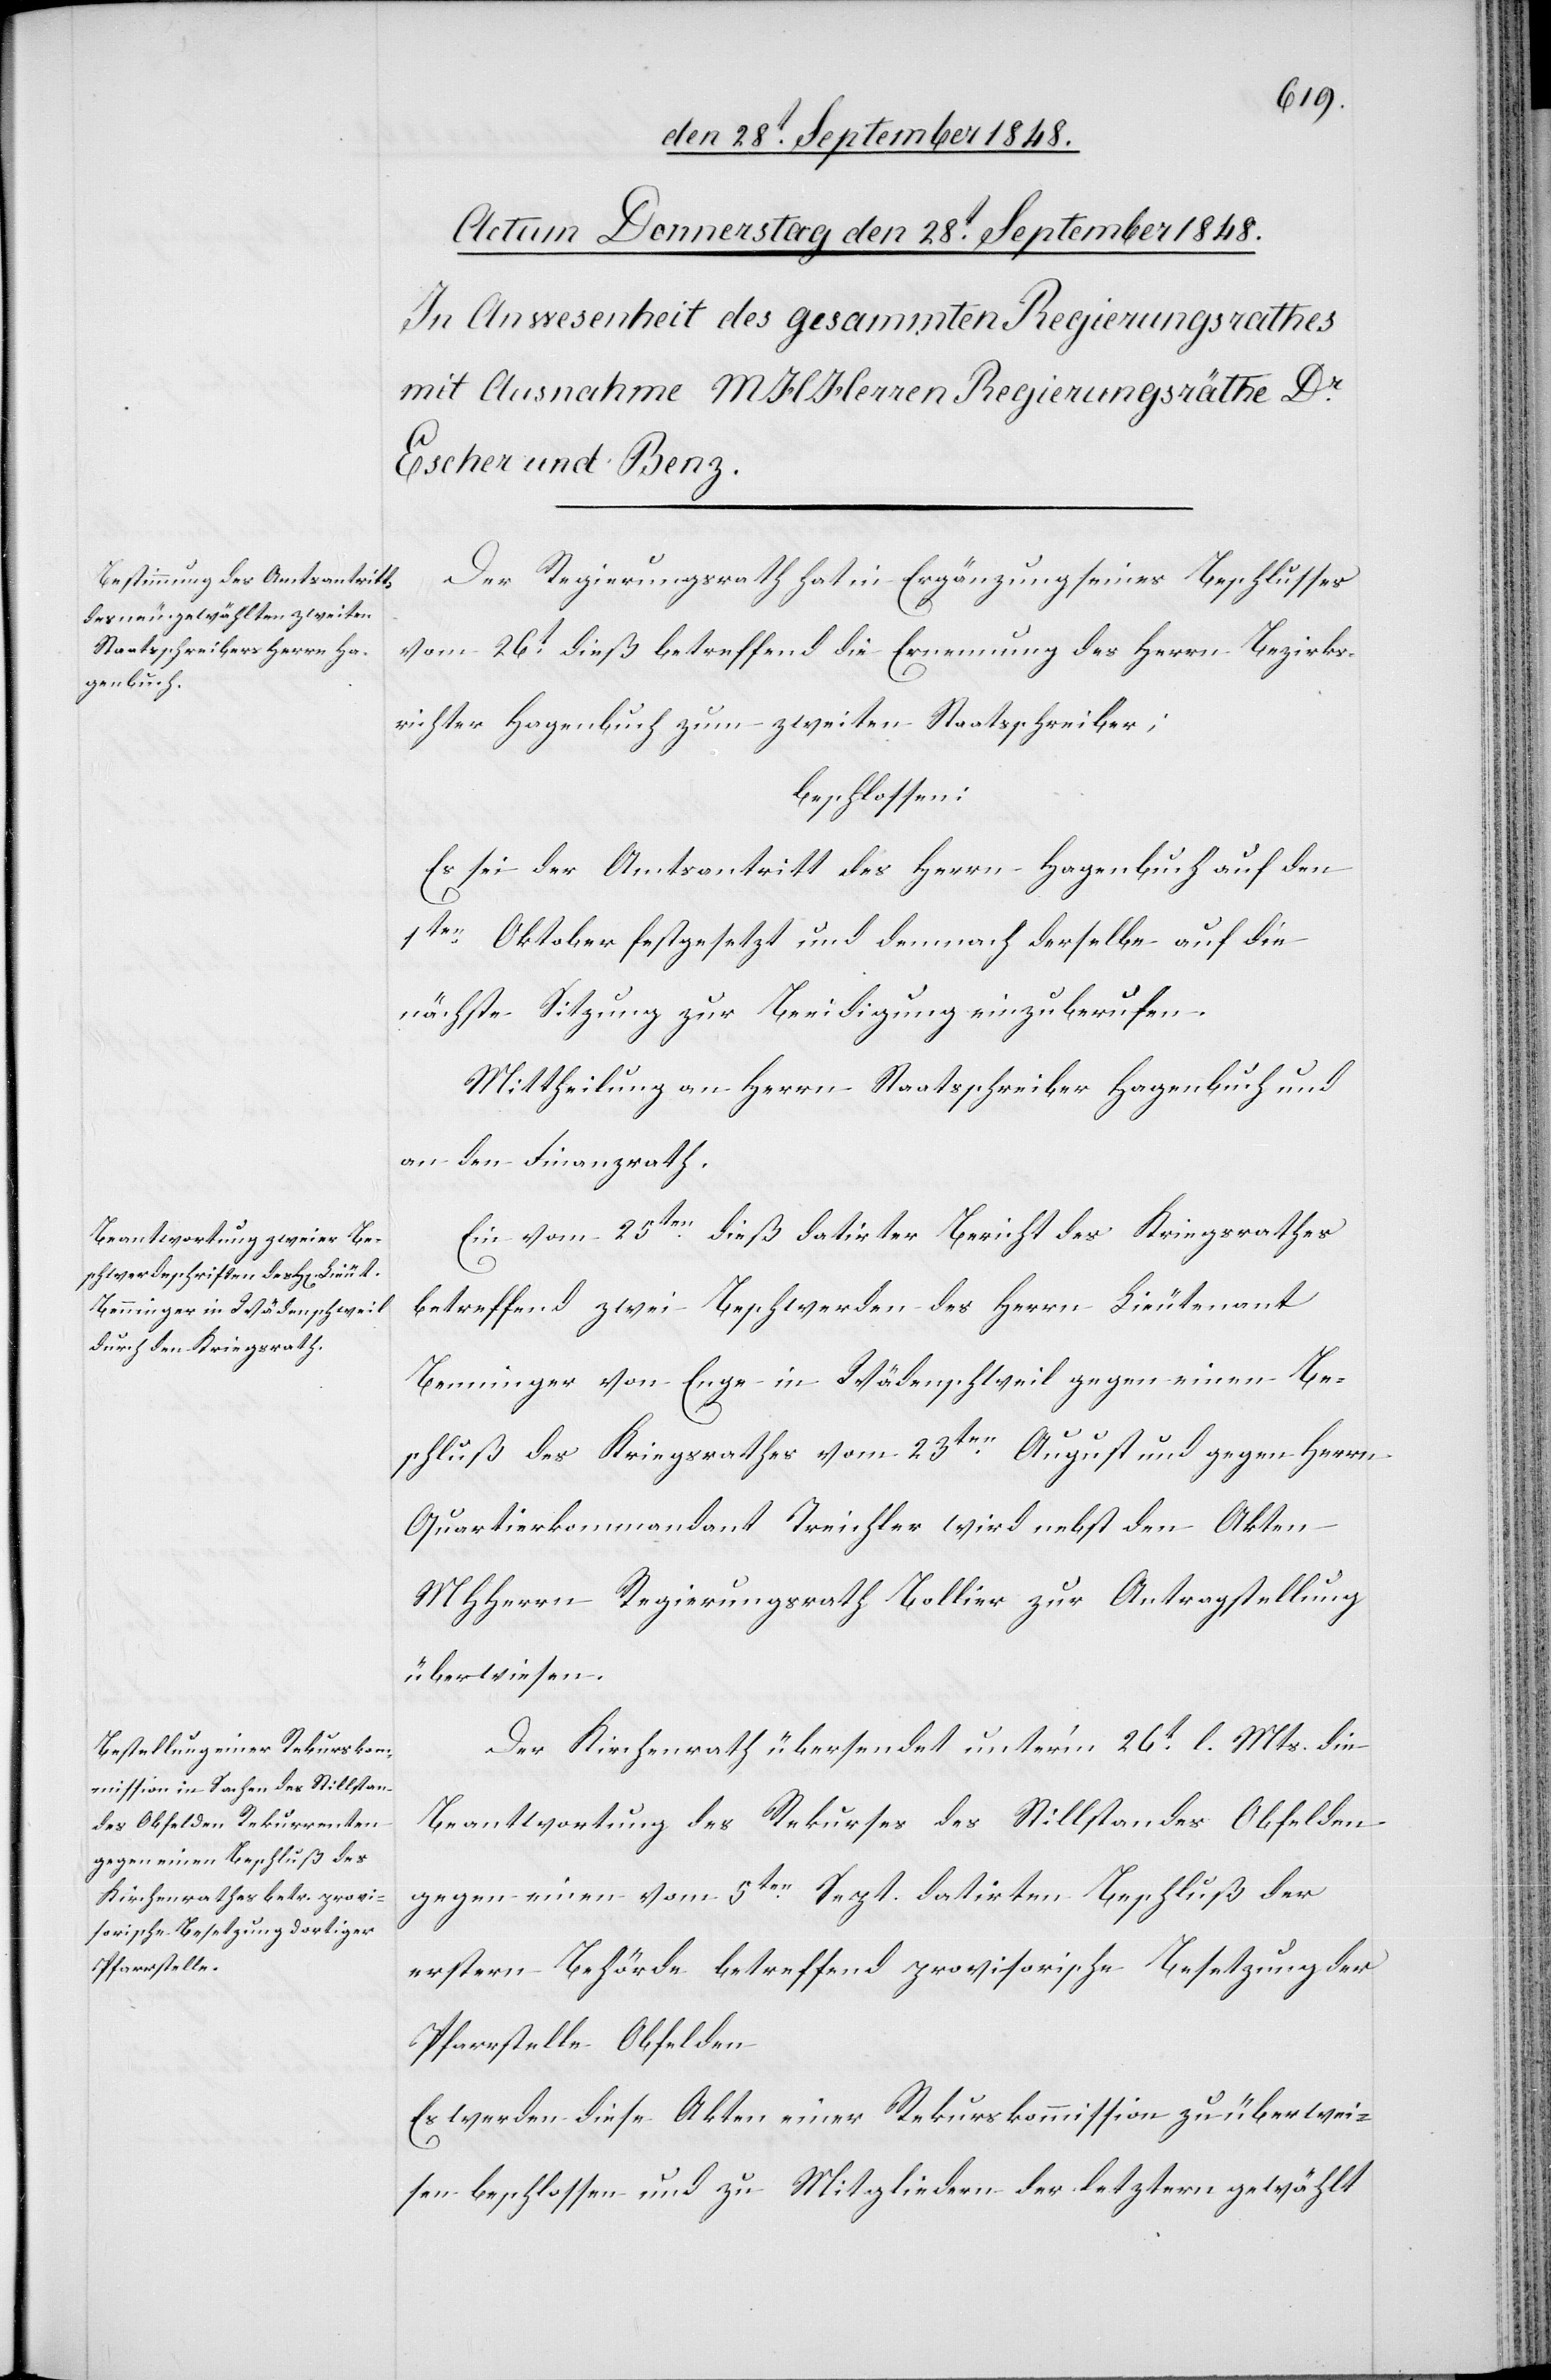
Der Regierungsrath hat in Ergänzung seines Beschlusses
vom 26t dieß betreffend die Ernennung des Herrn Bezirks¬
richter Hagenbuch zum zweiten Staatsschreiber;
beschlossen:
Es sei der Amtsantritt des Herrn Hagenbuch auf den
11ten Oktober festgesetzt und demnach derselbe auf die
nächste Sitzung zur Beeidigung einzuberufen.
Mittheilung an Herrn Staatsschreiber Hagenbuch und
an den Finanzrath.
Ein vom 25ten dieß datirter Bericht des Kriegsrathes
betreffend zwei Beschwerden des Herrn Lieutenant
Benninger von Enge in Wädenschweil gegen einen Be¬
schluß des Kriegsrathes vom 23ten August und gegen Herrn
Quartierkommandant Treichler wird nebst den Akten
MHHerrn Regierungsrath Bollier zur Antragstellung
überwiesen.
Der Kirchenrath übersendet unter’m 26t l. Mts. die
Beantwortung des Rekurses des Stillstandes Obfelden
gegen einen vom 5ten Sept. datirten Beschluß der
erstern Behörde betreffend provisorische Besetzung der
Pfarrstelle Obfelden[.]
Es werden diese Akten einer Rekurskommission zu überwei¬
sen beschlossen und zu Mitgliedern der letztern gewählt